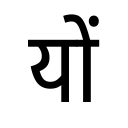
OCR:
यों